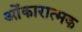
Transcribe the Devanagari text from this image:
ओंकारात्मक